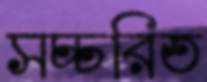
সচ্চরিত